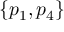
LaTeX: \{ p _ { 1 } , p _ { 4 } \}